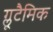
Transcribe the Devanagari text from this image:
ग्लूटैमिक